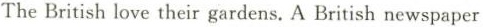
The British love their gardens. A British newspaper